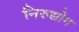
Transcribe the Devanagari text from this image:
निरुद्योग